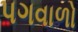
પગવાળો